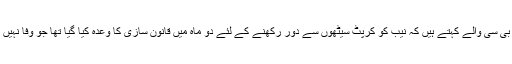
پی بی سی والے کہتے ہیں کہ نیب کو کرپٹ سیٹھوں سے دور رکھنے کے لئے دو ماہ میں قانون سازی کا وعدہ کیا گیا تھا جو وفا نہیں ہوا۔